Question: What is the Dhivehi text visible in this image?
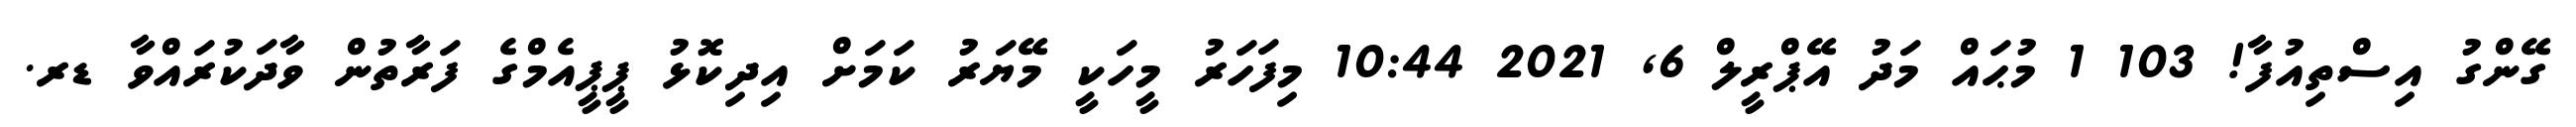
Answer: ގޭންގު އިސްތިއުފާ! 103 1 މުޙައް މަދު އޭޕްރީލް 6, 2021 10:44 މިފަހަރު މީހަކީ މޭޔަރު ކަމަށް އިދިކޮޅު ޕީޕީއެމްގެ ފަރާތުން ވާދަކުރައްވާ ޑރ.